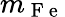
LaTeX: m_{\mathrm{~F~e~}}